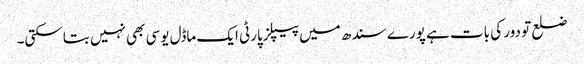
ضلع تو دور کی بات ہے پورے سندھ میں پیپلزپارٹی ایک ماڈل یوسی بھی نہیں بتاسکتی۔